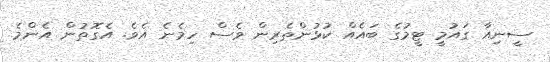
ސީނިއާ ގައުމީ ޓީމުގެ ބައެއް ކުޅުންތެރިން ވެސް ހިމެނެ އެވެ. އެގޮތުން އެންމެ